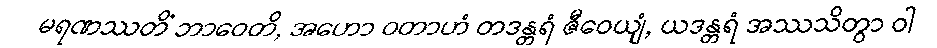
မရဏဿတိံ ဘာဝေတိ, အဟော ဝတာဟံ တဒန္တရံ ဇီဝေယျံ, ယဒန္တရံ အဿသိတွာ ဝါ